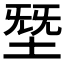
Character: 𰉸